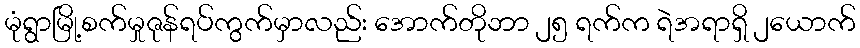
မုံရွာမြို့စက်မှုဇုန်ရပ်ကွက်မှာလည်း အောက်တိုဘာ ၂၅ ရက်က ရဲအရာရှိ ၂ယောက်